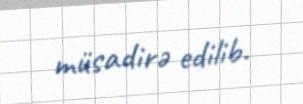
müsadirə edilib.